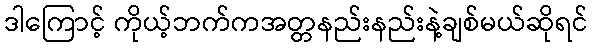
ဒါကြောင့် ကိုယ့်ဘက်ကအတ္တနည်းနည်းနဲ့ချစ်မယ်ဆိုရင်